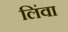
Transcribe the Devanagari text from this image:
लिंवा